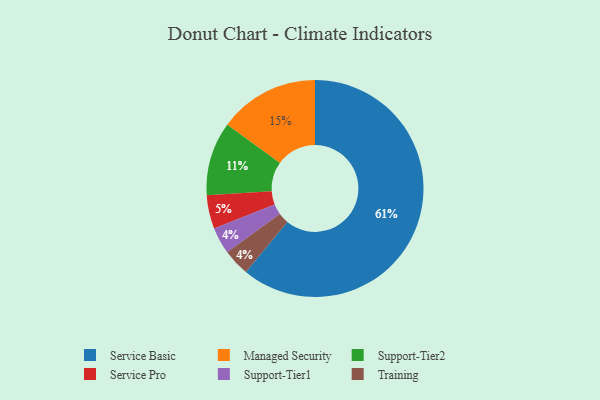
{"axis": {"x": "Category", "y": "Percentage"}, "legend": ["Managed Security", "Service Basic", "Service Pro", "Support-Tier1", "Support-Tier2", "Training"], "data": [{"x": "Managed Security", "y": 15, "type": "Managed Security"}, {"x": "Support-Tier1", "y": 4, "type": "Support-Tier1"}, {"x": "Support-Tier2", "y": 11, "type": "Support-Tier2"}, {"x": "Service Pro", "y": 5, "type": "Service Pro"}, {"x": "Training", "y": 4, "type": "Training"}, {"x": "Service Basic", "y": 61, "type": "Service Basic"}]}